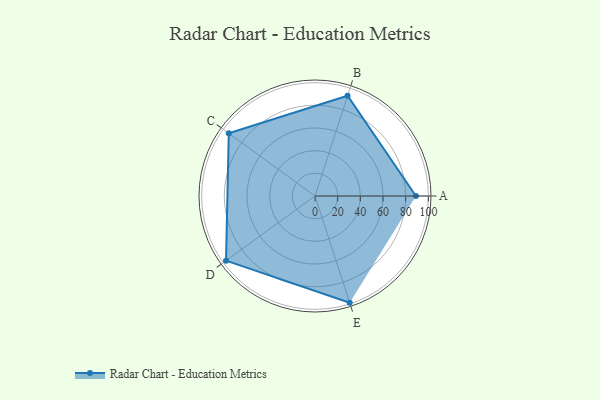
{"axis": {"x": "Skill", "y": "Score"}, "legend": ["Profile"], "data": [{"x": "A", "y": 89.0, "type": "Profile"}, {"x": "B", "y": 93.0, "type": "Profile"}, {"x": "C", "y": 94.0, "type": "Profile"}, {"x": "D", "y": 97.0, "type": "Profile"}, {"x": "E", "y": 99, "type": "Profile"}]}